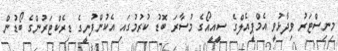
މިނިސްޓަރު ވިދާޅުވީ އެމްޕީއެލްގެ ސީއީއޯގެ މުސާރަ ބޮޑު ކުރުމުގައި އެކުންފުނީގެ ޑިރެކްޓަރުންގެ ބޯޑުން